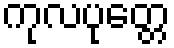
ကုလပုတ္တေ